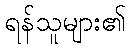
ရန်သူများ၏